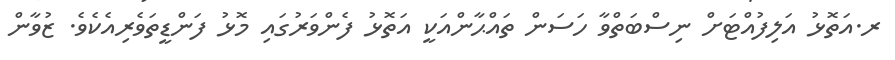
ރ.އަތޮޅު އަލިފުއްޓަށް ނިސްބަތްވާ ހަސަން ތައްޙާންއަކީ އަތޮޅު ފެންވަރުގައި މޮޅު ފަންޑީތަވެރިއެކެވެ. ޒުވާން